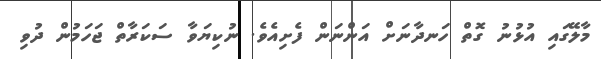
މާލޭގައި އުޅުނު ގޮތް ހަނދާނަށް އަންނަން ފެށިއެވެ. ނުކިޔަވާ ސަކަރާތް ޖަހަމުން ދުވި